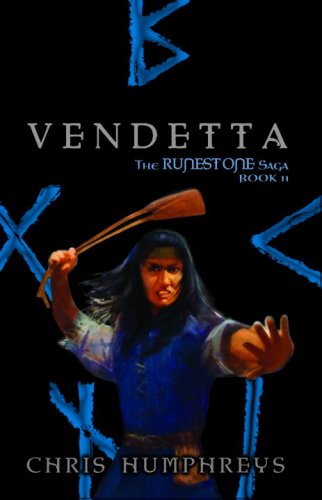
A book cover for Vendetta (The Runestone Saga); Chris Humphreys; Children's Books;